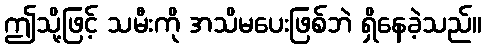
ဤသို့ဖြင့် သမီးကို အသိမပေးဖြစ်ဘဲ ရှိနေခဲ့သည်။